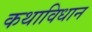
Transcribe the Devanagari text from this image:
कथाविधान